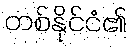
တစ်နိုင်ငံ၏